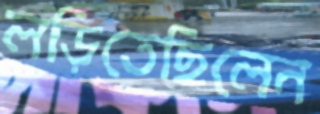
লড়িতেছিলেন